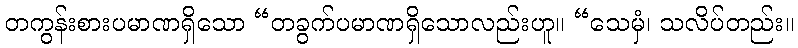
တကွန်းစားပမာဏရှိသော “တခွက်ပမာဏရှိသောလည်းဟူ။ “သေမှံ၊ သလိပ်တည်း။